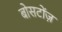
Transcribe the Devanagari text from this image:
बोसटोंज़